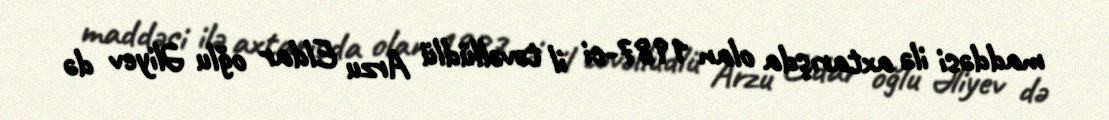
maddəsi ilə axtarışda olan 1987-ci il təvəllüdlü Arzu Eldar oğlu Əliyev də